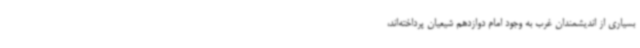
بسیاری از اندیشمندان غرب به وجود امام دوازدهم شیعیان پرداخته‌اند،